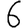
Digit: 6